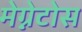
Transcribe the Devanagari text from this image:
मेग्नेटोस